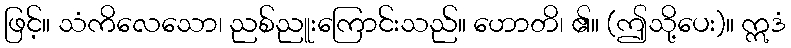
ဖြင့်။ သံကိလေသော၊ ညစ်ညူးကြောင်းသည်။ ဟောတိ၊ ၏။ (ဤသို့ပေး)။ ဣဒံ